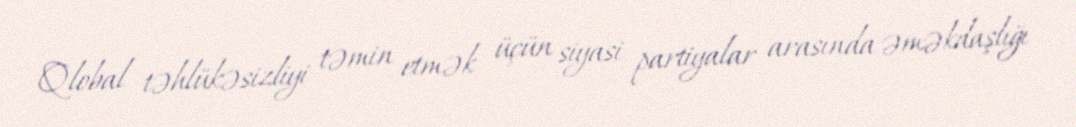
Qlobal təhlükəsizliyi təmin etmək üçün siyasi partiyalar arasında əməkdaşlığı